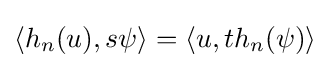
\langle h_{n}(u),s\psi \rangle =\langle u,th_{n}(\psi )\rangle